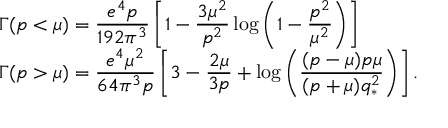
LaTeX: \begin{array} { l } { { \Gamma ( p < \mu ) = \displaystyle \frac { e ^ { 4 } p } { 1 9 2 \pi ^ { 3 } } \left[ 1 - \frac { 3 \mu ^ { 2 } } { p ^ { 2 } } \log \left( 1 - \frac { p ^ { 2 } } { \mu ^ { 2 } } \right) \right] \hfill } } \\ { { \Gamma ( p > \mu ) = \displaystyle \frac { e ^ { 4 } \mu ^ { 2 } } { 6 4 \pi ^ { 3 } p } \left[ 3 - \frac { 2 \mu } { 3 p } + \log \left( \frac { ( p - \mu ) p \mu } { ( p + \mu ) q _ { * } ^ { 2 } } \right) \right] . \hfill } } \end{array}